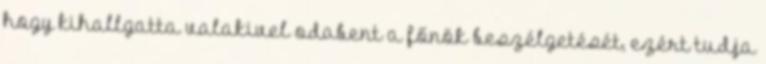
hogy kihallgatta valakivel odabent a főnök beszélgetését, ezért tudja